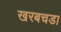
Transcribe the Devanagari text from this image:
खरबचडा